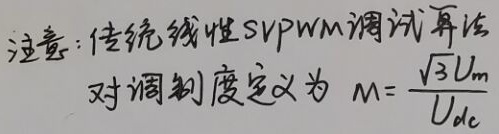
注意：传统线性SVPWM调试算法对调制度定义为 \(M = \frac{\sqrt{3}U_{\text{m}}}{U_{\text{dc}}}\)